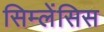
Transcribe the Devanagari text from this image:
सिम्लेंसिस